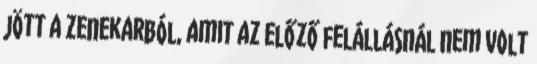
jött a zenekarból, amit az előző felállásnál nem volt